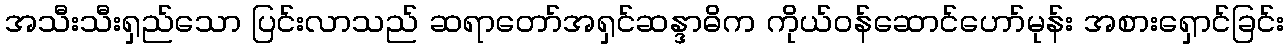
အသီးသီးရှည်သော ပြင်းလာသည် ဆရာတော်အရှင်ဆန္ဒာဓိက ကိုယ်ဝန်ဆောင်ဟော်မုန်း အစားရှောင်ခြင်း